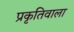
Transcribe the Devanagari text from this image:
प्रकृतिवाला